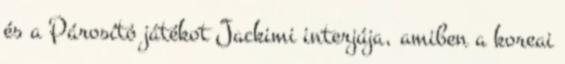
és a Párosító játékot Jackimi interjúja, amiben a koreai